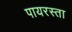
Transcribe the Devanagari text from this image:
पायरस्ता